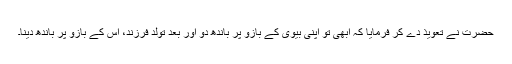
حضرت نے تعویذ دے کر فرمایا کہ ابھی تو اپنی بیوی کے بازو پر باندھ دو اور بعد تولّدِ فرزند، اس کے بازو پر باندھ دینا۔